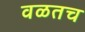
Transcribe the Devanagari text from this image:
वळतच